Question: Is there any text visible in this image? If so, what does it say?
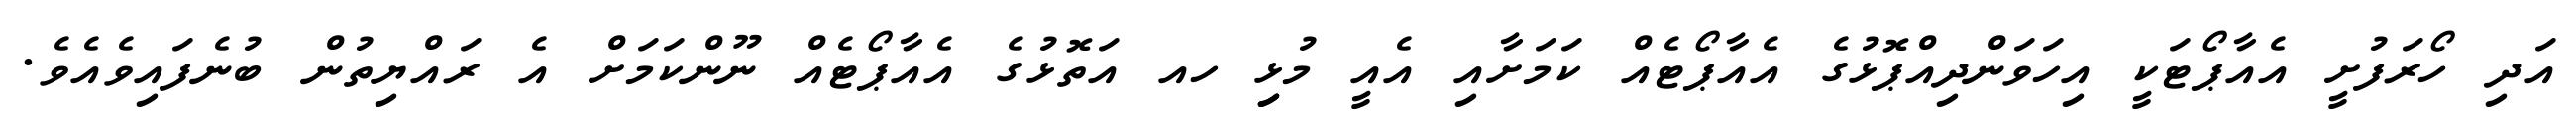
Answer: އަދި ހޯރަފުށީ އެއާޕޯޓަކީ އިހަވަންދިއްޕޮޅުގެ އެއާޕޯޓެއް ކަމަށާއި އެއީ މުޅިި ހއ އަތޮޅުގެ އެއާޕޯޓެއް ނޫންކަމަށް އެ ރައްޔިތުން ބުނެފައިވެއެވެ.